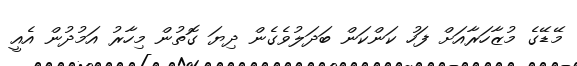
މޭޑޭގެ މުޒާހަރާއަށް ފަހު ކަންކަން ބަދަލުވެގެން ދިޔަ ގޮތުން މިހާރު އަމުދުން އެއީ